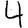
Digit: 4